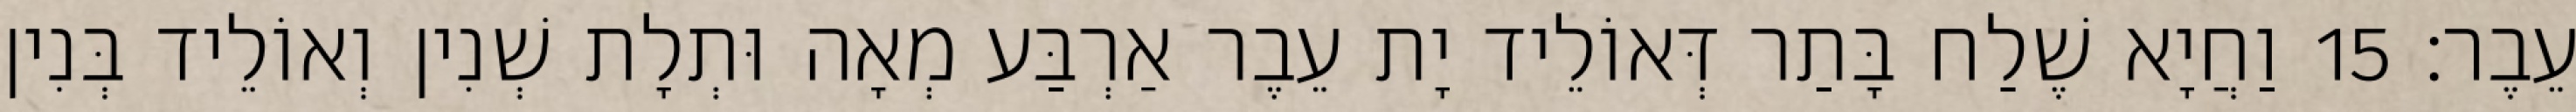
עֵבֶר׃ 15 וַחֲיָא שֶׁלַח בָּתַר דְּאוֹלֵיד יָת עֵבֶר אַרְבַּע מְאָה וּתְלָת שְׁנִין וְאוֹלֵיד בְּנִין